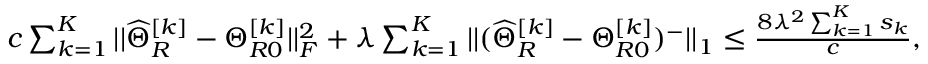
\begin{array} { r } { c \sum _ { k = 1 } ^ { K } | | \widehat { \Theta } _ { R } ^ { [ k ] } - \Theta _ { R 0 } ^ { [ k ] } | | _ { F } ^ { 2 } + \lambda \sum _ { k = 1 } ^ { K } | | ( \widehat { \Theta } _ { R } ^ { [ k ] } - \Theta _ { R 0 } ^ { [ k ] } ) ^ { - } | | _ { 1 } \leq \frac { 8 \lambda ^ { 2 } \sum _ { k = 1 } ^ { K } s _ { k } } { c } , } \end{array}